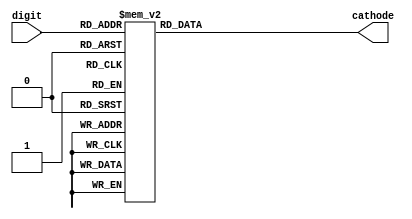
module BCD_to_cathode(
input [3:0] digit,
output reg [7:0] cathode = 0
);

always@ (digit)
begin
    case(digit)
        4'd0:
            cathode = 8'b11000000; //zero
        4'd1:
            cathode = 8'b11111001; //one
        4'd2:
            cathode = 8'b10100100; //two
        4'd3:
            cathode = 8'b10110000; //three
        4'd4:
            cathode = 8'b10011001; //four
        4'd5:
            cathode = 8'b10010010; //five
        4'd6:
            cathode = 8'b10000010; //six
        4'd7:
            cathode = 8'b11111000; //seven
        4'd8:
            cathode = 8'b10000100; //eight
        4'd9:
            cathode = 8'b10010000; //nine
        default:
            cathode = 8'b11000000; //other
        
    endcase
end    
endmodule